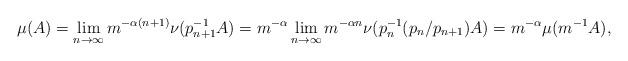
LaTeX: \begin{align*}\mu(A) = \lim_{n\to\infty} m^{-\alpha (n+1)} \nu(p_{n+1}^{-1}A) = m^{-\alpha} \lim_{n\to\infty} m^{-\alpha n} \nu(p_n^{-1}(p_n/p_{n+1})A) = m^{-\alpha} \mu(m^{-1}A),\end{align*}